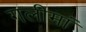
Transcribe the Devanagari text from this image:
गलीमां